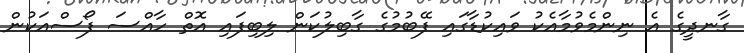
ގާނދީގެ އެ ނިންމެވުމާއެކު ވައިކުޑާގައި ފޭބުމުގެ ގާބިލުކަން ލިބިފައި އޮތް ހާއްސަ ފޯސްއަކުން